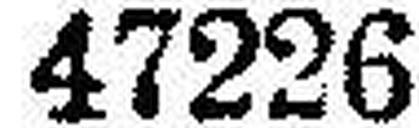
47226